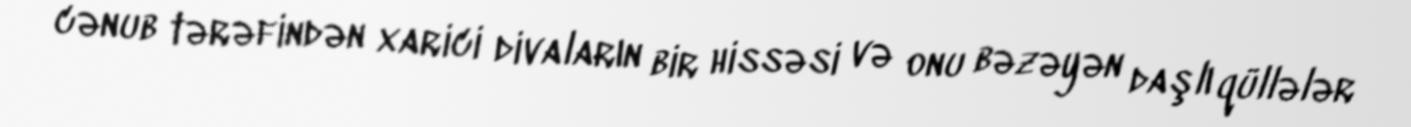
cənub tərəfindən xarici divaların bir hissəsi və onu bəzəyən daşlı qüllələr